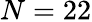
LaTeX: N=22